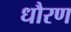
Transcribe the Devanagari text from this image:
धौरण